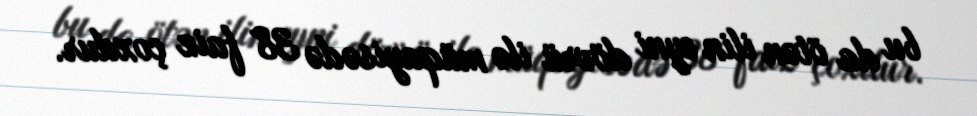
bu da ötən ilin eyni dövrü ilə müqayisədə 38 faiz çoxdur.